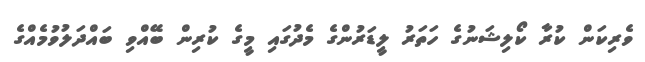
ވެރިކަން ކުރާ ކޯލިޝަނުގެ ހަތަރު ލީޑަރުންގެ މެދުގައި މީގެ ކުރިން ބޭއްވި ބައްދަލުވުމެއްގެ